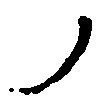
ノ